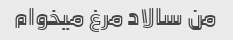
من سالاد مرغ میخوام